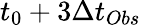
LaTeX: t_{0}+3\Delta t_{Obs}